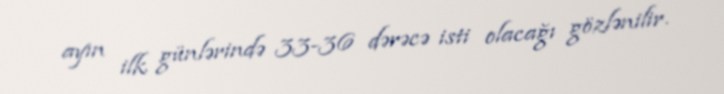
ayın ilk günlərində 33-36 dərəcə isti olacağı gözlənilir.